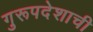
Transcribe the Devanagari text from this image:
गुरूपदेशाची